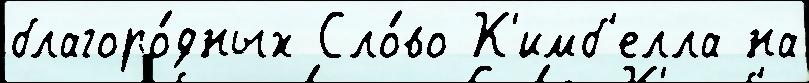
благоро́дных Сло́во К'имб'елла на